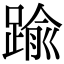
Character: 踰